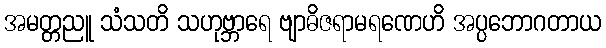
အမတ္တညူ သံသတိ သဟုဗ္ဘာရေ ဗျာဓိဇရာမရဏေဟိ အပ္ပဘောဂတာယ